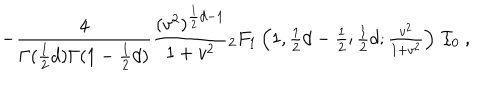
- \frac { 4 } { \Gamma ( \frac { 1 } { 2 } d ) \Gamma ( 1 - \frac { 1 } { 2 } d ) } \frac { ( v ^ { 2 } ) ^ { \frac { 1 } { 2 } d - 1 } } { 1 + v ^ { 2 } } { } _ { 2 } F _ { 1 } \left( { \textstyle { 1 , \frac { 1 } { 2 } d - \frac { 1 } { 2 } ; \frac { 1 } { 2 } d ; \frac { v ^ { 2 } } { 1 + v ^ { 2 } } } } \right) \, { \cal I } _ { 0 } \ ,